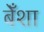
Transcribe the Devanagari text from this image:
बेँशा